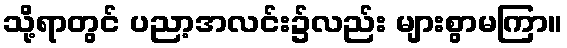
သို့ရာတွင် ပညာ့အလင်း၌လည်း များစွာမကြာ။